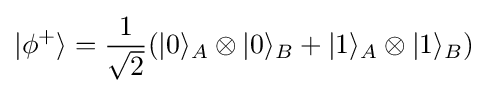
|\phi ^{+}\rangle ={\frac {1}{\sqrt {2}}}(|0\rangle _{A}\otimes |0\rangle _{B}+|1\rangle _{A}\otimes |1\rangle _{B})